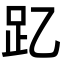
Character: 𮛁